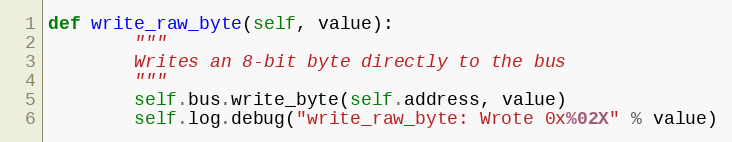
Language: Python
def write_raw_byte(self, value):
        """
        Writes an 8-bit byte directly to the bus
        """
        self.bus.write_byte(self.address, value)
        self.log.debug("write_raw_byte: Wrote 0x%02X" % value)